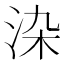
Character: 𭰏